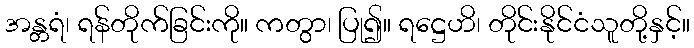
အန္တရံ၊ ရန်တိုက်ခြင်းကို။ ကတွာ၊ ပြု၍။ ရဋ္ဌေဟိ၊ တိုင်းနိုင်ငံသူတို့နှင့်။